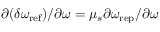
\partial ( \delta \omega _ { \mathrm { r e f } } ) / \partial \omega = \mu _ { s } \partial \omega _ { \mathrm { r e p } } / \partial \omega